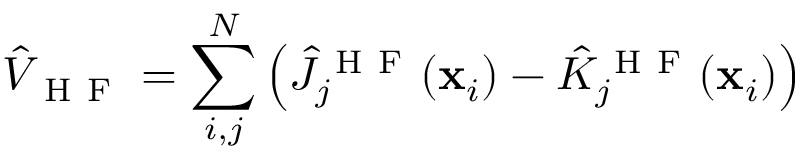
\hat { V } _ { \mathrm { ~ H ~ F ~ } } = \sum _ { i , j } ^ { N } \left( \hat { J } _ { j } ^ { \mathrm { ~ H ~ F ~ } } ( \mathbf { x } _ { i } ) - \hat { K } _ { j } ^ { \mathrm { ~ H ~ F ~ } } ( \mathbf { x } _ { i } ) \right)